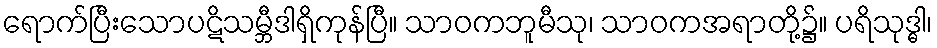
ရောက်ပြီးသောပဋိသမ္ဘီဒါရှိကုန်ပြီ။ သာဝကဘူမီသု၊ သာဝကအရာတို့၌။ ပရိသုဒ္ဓါ၊